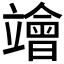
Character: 𥫁